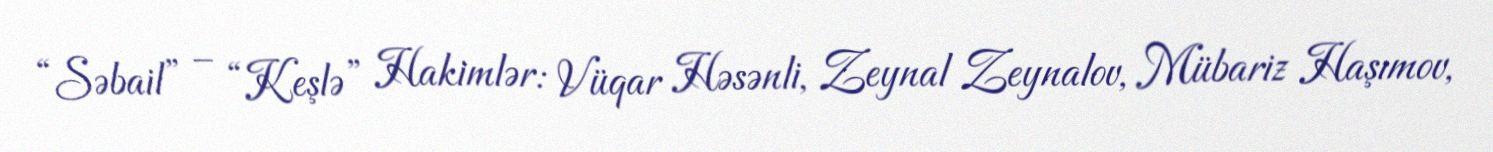
“Səbail” – “Keşlə” Hakimlər: Vüqar Həsənli, Zeynal Zeynalov, Mübariz Haşımov,